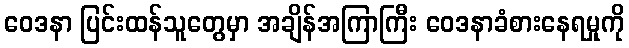
ဝေဒနာ ပြင်းထန်သူတွေမှာ အချိန်အကြာကြီး ဝေဒနာခံစားနေရမှုကို